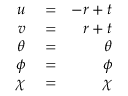
\begin{array} { r l r } { u } & { { } = } & { - r + t } \\ { v } & { { } = } & { r + t } \\ { { \theta } } & { { } = } & { { \theta } } \\ { { \phi } } & { { } = } & { { \phi } } \\ { { \chi } } & { { } = } & { { \chi } } \end{array}